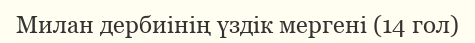
Милан дербиінің үздік мергені (14 гол)